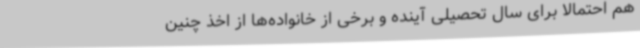
هم احتمالا برای سال تحصیلی آینده و برخی از خانواده‌ها از اخذ چنین